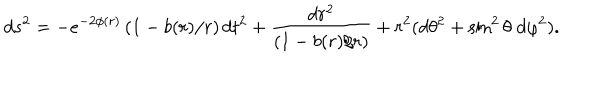
LaTeX: d s ^ { 2 } = - e ^ { - 2 \phi ( r ) } \left( 1 - b ( r ) / r \right) d t ^ { 2 } + { \frac { d r ^ { 2 } } { \left( 1 - b ( r ) / r \right) } } + r ^ { 2 } ( d \theta ^ { 2 } + \sin ^ { 2 } \theta \; d \varphi ^ { 2 } ) .